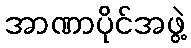
အာဏာပိုင်အဖွဲ့